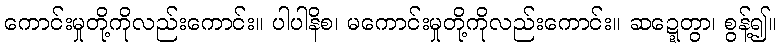
ကောင်းမှုတို့ကိုလည်းကောင်း။ ပါပါနိစ၊ မကောင်းမှုတို့ကိုလည်းကောင်း။ ဆဍ္ဍေတွာ၊ စွန့်၍။